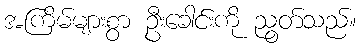
အကြိမ်များစွာ ဦးခေါင်းကို ညွတ်သည်။